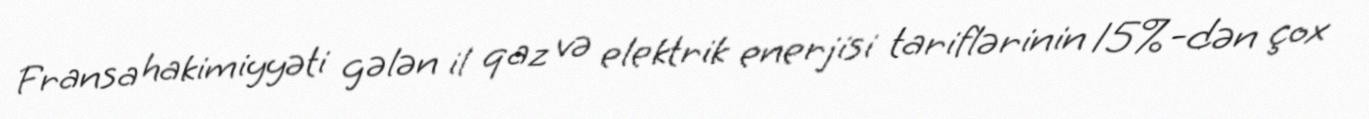
Fransa hakimiyyəti gələn il qaz və elektrik enerjisi tariflərinin 15%-dən çox